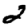
Digit: 2